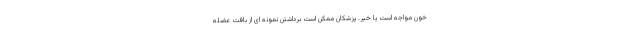
خون مواجه است یا خیر. پزشکان ممکن است برداشتن نمونه ای از بافت عضله